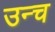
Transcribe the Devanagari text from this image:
उन्च